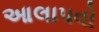
આલાપવો